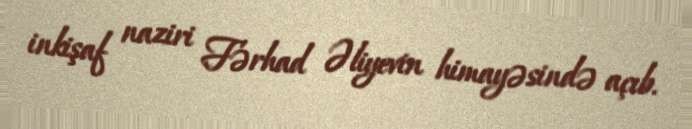
inkişaf naziri Fərhad Əliyevin himayəsində açıb.